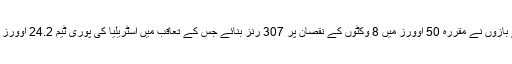
مارٹن گپٹل کے 90 رنز کی بدولت کیویز بلے بازوں نے مقررہ 50 اوورز میں 8 وکٹوں کے نقصان پر 307 رنز بنائے جس کے تعاقب میں آسٹریلیا کی پوری ٹیم 24.2 اوورز میں 148 رنز بنانے کے بعد پویلین لوٹ گئی۔